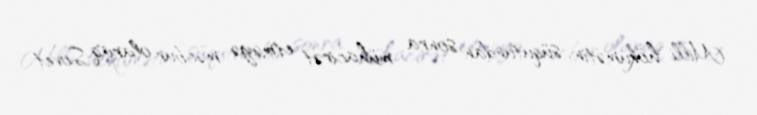
Milli hökumətin süqutundan sonra mühacirət etməyə məcbur olaraq Sovet